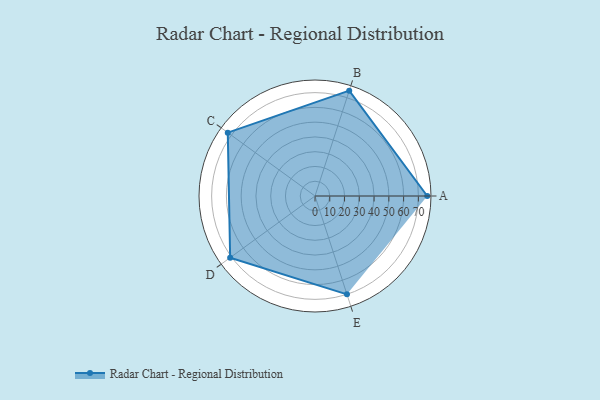
{"axis": {"x": "Skill", "y": "Score"}, "legend": ["Profile"], "data": [{"x": "A", "y": 76.0, "type": "Profile"}, {"x": "B", "y": 75.0, "type": "Profile"}, {"x": "C", "y": 73.0, "type": "Profile"}, {"x": "D", "y": 71.0, "type": "Profile"}, {"x": "E", "y": 70.0, "type": "Profile"}]}